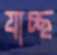
যাচ্ছ